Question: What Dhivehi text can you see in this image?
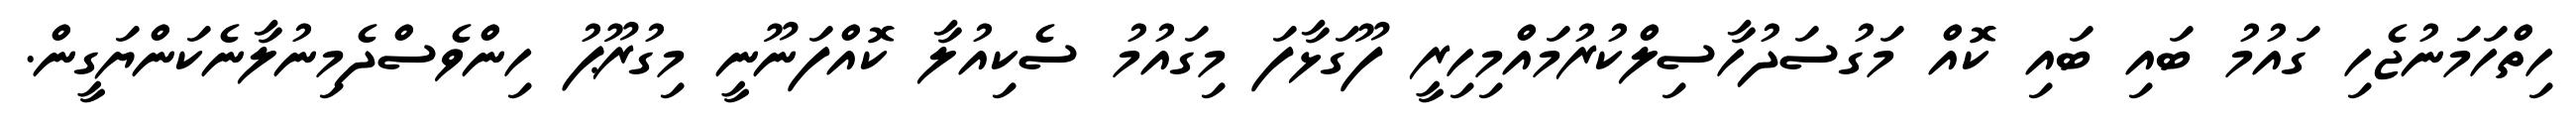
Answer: ހިތްހަމަނުޖެހި ގައުމު ބައި ބައި ކޮއް މަގުސަދުހާސިލްކުރުމައްމިހިރީ ފޫގަޅާފަ މިގައުމު ސެކިއުލާ ކޮއްފަނޫނީ މިގުރޫޕު ހިންވެސްދެމިނުލާނެކަންޔަގީން.